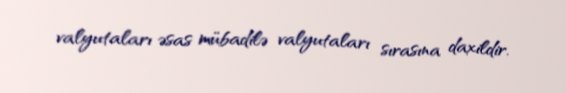
valyutaları əsas mübadilə valyutaları sırasına daxildir.